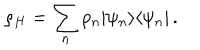
\rho _ { H } = \sum _ { n } p _ { n } | \psi _ { n } \rangle \langle \psi _ { n } | \, .